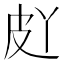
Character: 𱲀